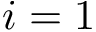
i = 1